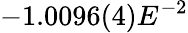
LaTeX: -1.0096(4)E^{-2}